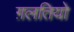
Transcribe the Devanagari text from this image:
ग़लतियो